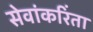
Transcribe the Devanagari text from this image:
सेवांकरिंता